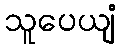
သူပေယျံ